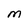
Character: M